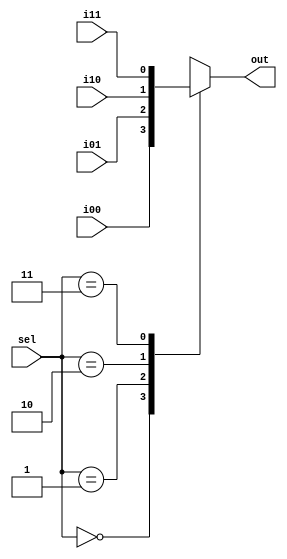
`ifndef _mux4to1_n_v_
`define _mux4to1_n_v_
`endif

module mux4to1_n(i00, i01, i10, i11, sel, out);
  parameter N=1;
  
  input [N-1:0] i00, i01, i10, i11;
  input [1:0] sel;
  output reg [N-1:0] out;
  
  always @(*) begin
    case (sel)
      2'b00:   out = i00;
      2'b01:   out = i01;
      2'b10:   out = i10;
      2'b11:   out = i11;
      default: out = {N{1'bx}};
    endcase
  end
  
endmodule